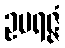
ဥပရဇ္ဇံ